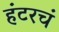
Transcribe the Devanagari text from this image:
हंटरचं